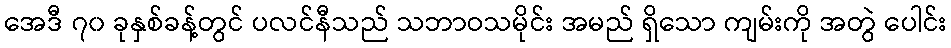
အေဒီ ၇၀ ခုနှစ်ခန့်တွင် ပလင်နီသည် သဘာဝသမိုင်း အမည် ရှိသော ကျမ်းကို အတွဲ ပေါင်း